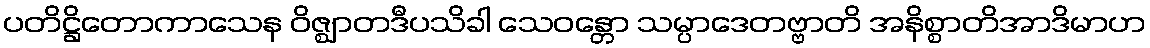
ပတိဋ္ဌိတောကာသေန ဝိဇ္ဈာတဒီပသိခါ သေဝန္တော သမ္ပာဒေတဗ္ဗာတိ အနိစ္စာတိအာဒိမာဟ